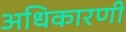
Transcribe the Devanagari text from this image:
अधिकारणी